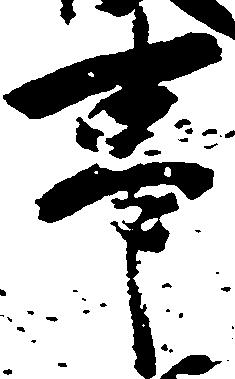
事